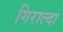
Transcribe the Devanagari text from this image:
गिराल्दा